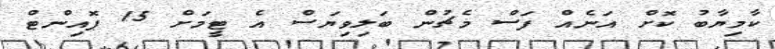
ކާމިޔާބު ކޮށް އަނެއް ފަސް މެޗުން ބަލިވިޔަސް އެ ޓީމަށް 15 ޕޮއިންޓް